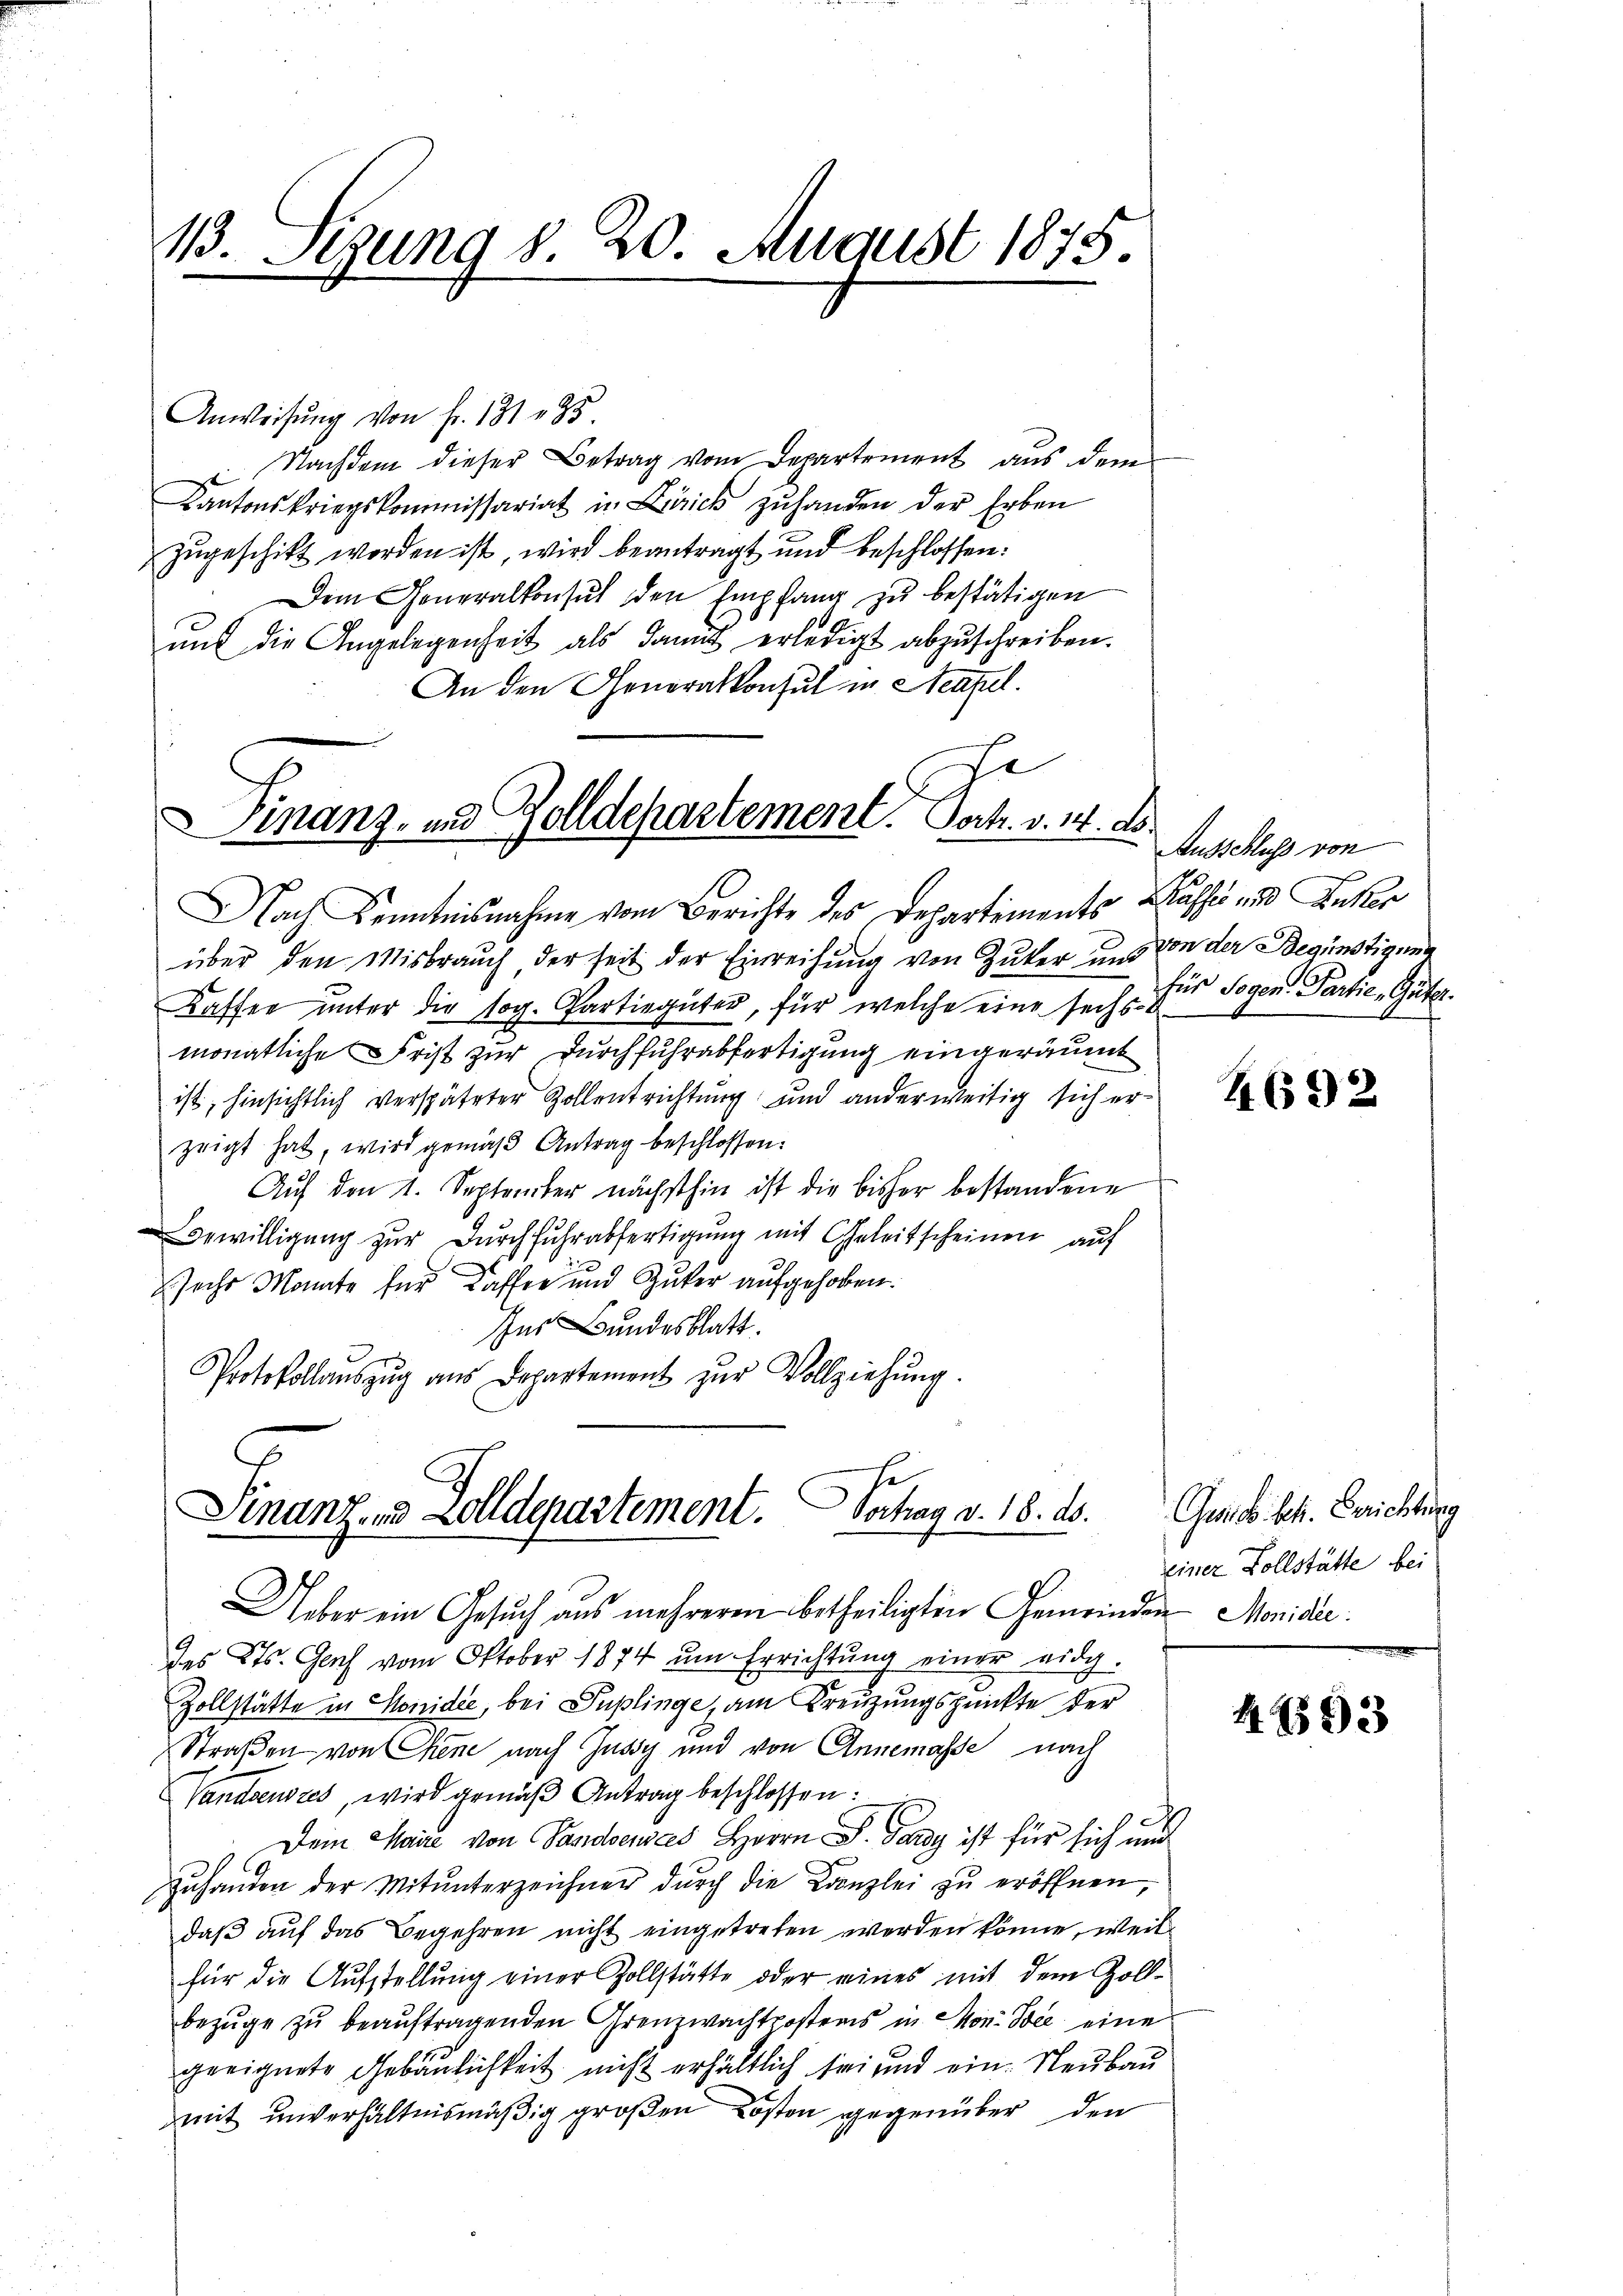
Anweisŭng von fr. 131 n 35.
 Nachdem dieser Betrag vom Departement aus dem
Kantonskriegskommissariat in Laick zuhanden der Erben
zugeschikt worden ist, wird beantragt und beschlossen:
Dem Generalkonsul den Empfang zu bestätigen
und die Angelegenheit als damit erledigt abzuschreiben.
An den Generalkonsul in Neapel.
se

13. Sizung d. 20. August 1875.

Finanz- und Zolldepartement. Joh. v. 14. ds.

Nach Kenntnisnahme vom Berichte des Departements Washin und Inter
über den Misbrauch, der seit der Einreihung von Zuker und von der Begünstigung
Kaffee unter die sog. Partiegüter, für welche eine sich für Sogen Partie-Gütermonatliche Frist zur Durchfuhrabfertigung eingeräumt
ist, hinsichtlich verspäteter Zollentrichtung und anderweitig sich erzeigt hat, wird gemäβ Antrag beschlossen:
Auf den 1. September nächsthin ist die bisher bestandene
Bewilligung zur Durchfuhr abfertigung mit Geleitscheinen auf
sechs Monate für dassen und Zuker aufgehoben.
Ins Bundesblatt.
Protokollaŭszŭg ans Departement zŭr Vollziehŭng.

Finanz- und Zolldepartement. Vochag v. 18. ds.

Ausschluss von

Ueber ein Gesuch aus mehreren betheiligten Gemeinden Monidie
des Kts. Genf vom Oktober 1874 ŭm Errichtŭng einer eidg.
Zollstätte in Honidić, bei Duplinge, am Kreuzungspunkte der
Straßen von Chene nach Jussy und von Annemasse nach
Vandsenszes, wird gemäß Antrag beschlossen:
c
Dein Sie von Pandensees Herrn S. Tardy ist für sich mit
zuhanden der Mitunterzeichner dŭrch die Kanzlei zu eröffnen,
daß auf das Begehren nicht eingetreten werden könne, weil
für die Aŭfstellŭng einer Zollstätte oder eines mit dem Zoll-
bezuge zu beauftragenden Grenzwachtpostens in Mon. Sie eine
geeignete Gebäulichkeit nicht erhältlich sei und ein. Neubau
mit unverhältnismäßig großen Kosten gegenüber den

4692

Quico. kk. Berichtung
einer Vollstätte bei

4893